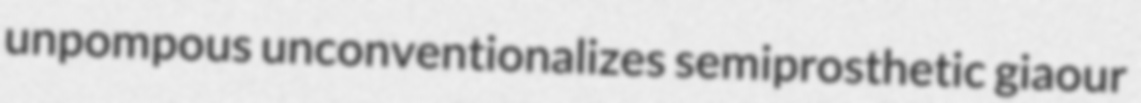
unpompous unconventionalizes semiprosthetic giaour